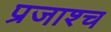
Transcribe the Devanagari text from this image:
प्रजाश्‍च